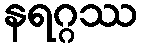
နရဂ္ဂဿ